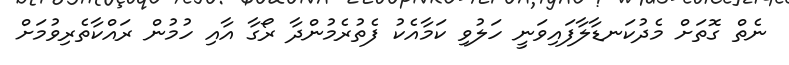
ނެތް ގޮތަށް މެދުކަނޑާލާފައިވަނީ ހަލުވި ކަމާއެކު ފެތުރެމުންދާ ރޯގާ އާއި ހުމުން ރައްކާތެރިވުމަށް